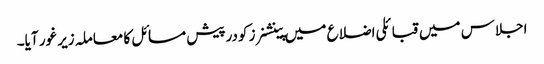
اجلاس میں قبائلی اضلاع میں پینشنرز کودرپیش مسائل کا معاملہ زیر غور آیا۔